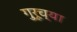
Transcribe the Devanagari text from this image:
गु्रूच्या